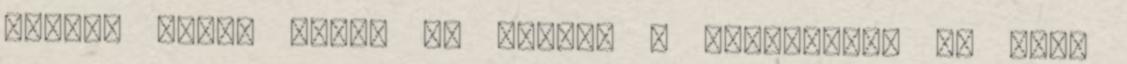
révén. Mivel pedig ez sajnos a köztudatba is kezd